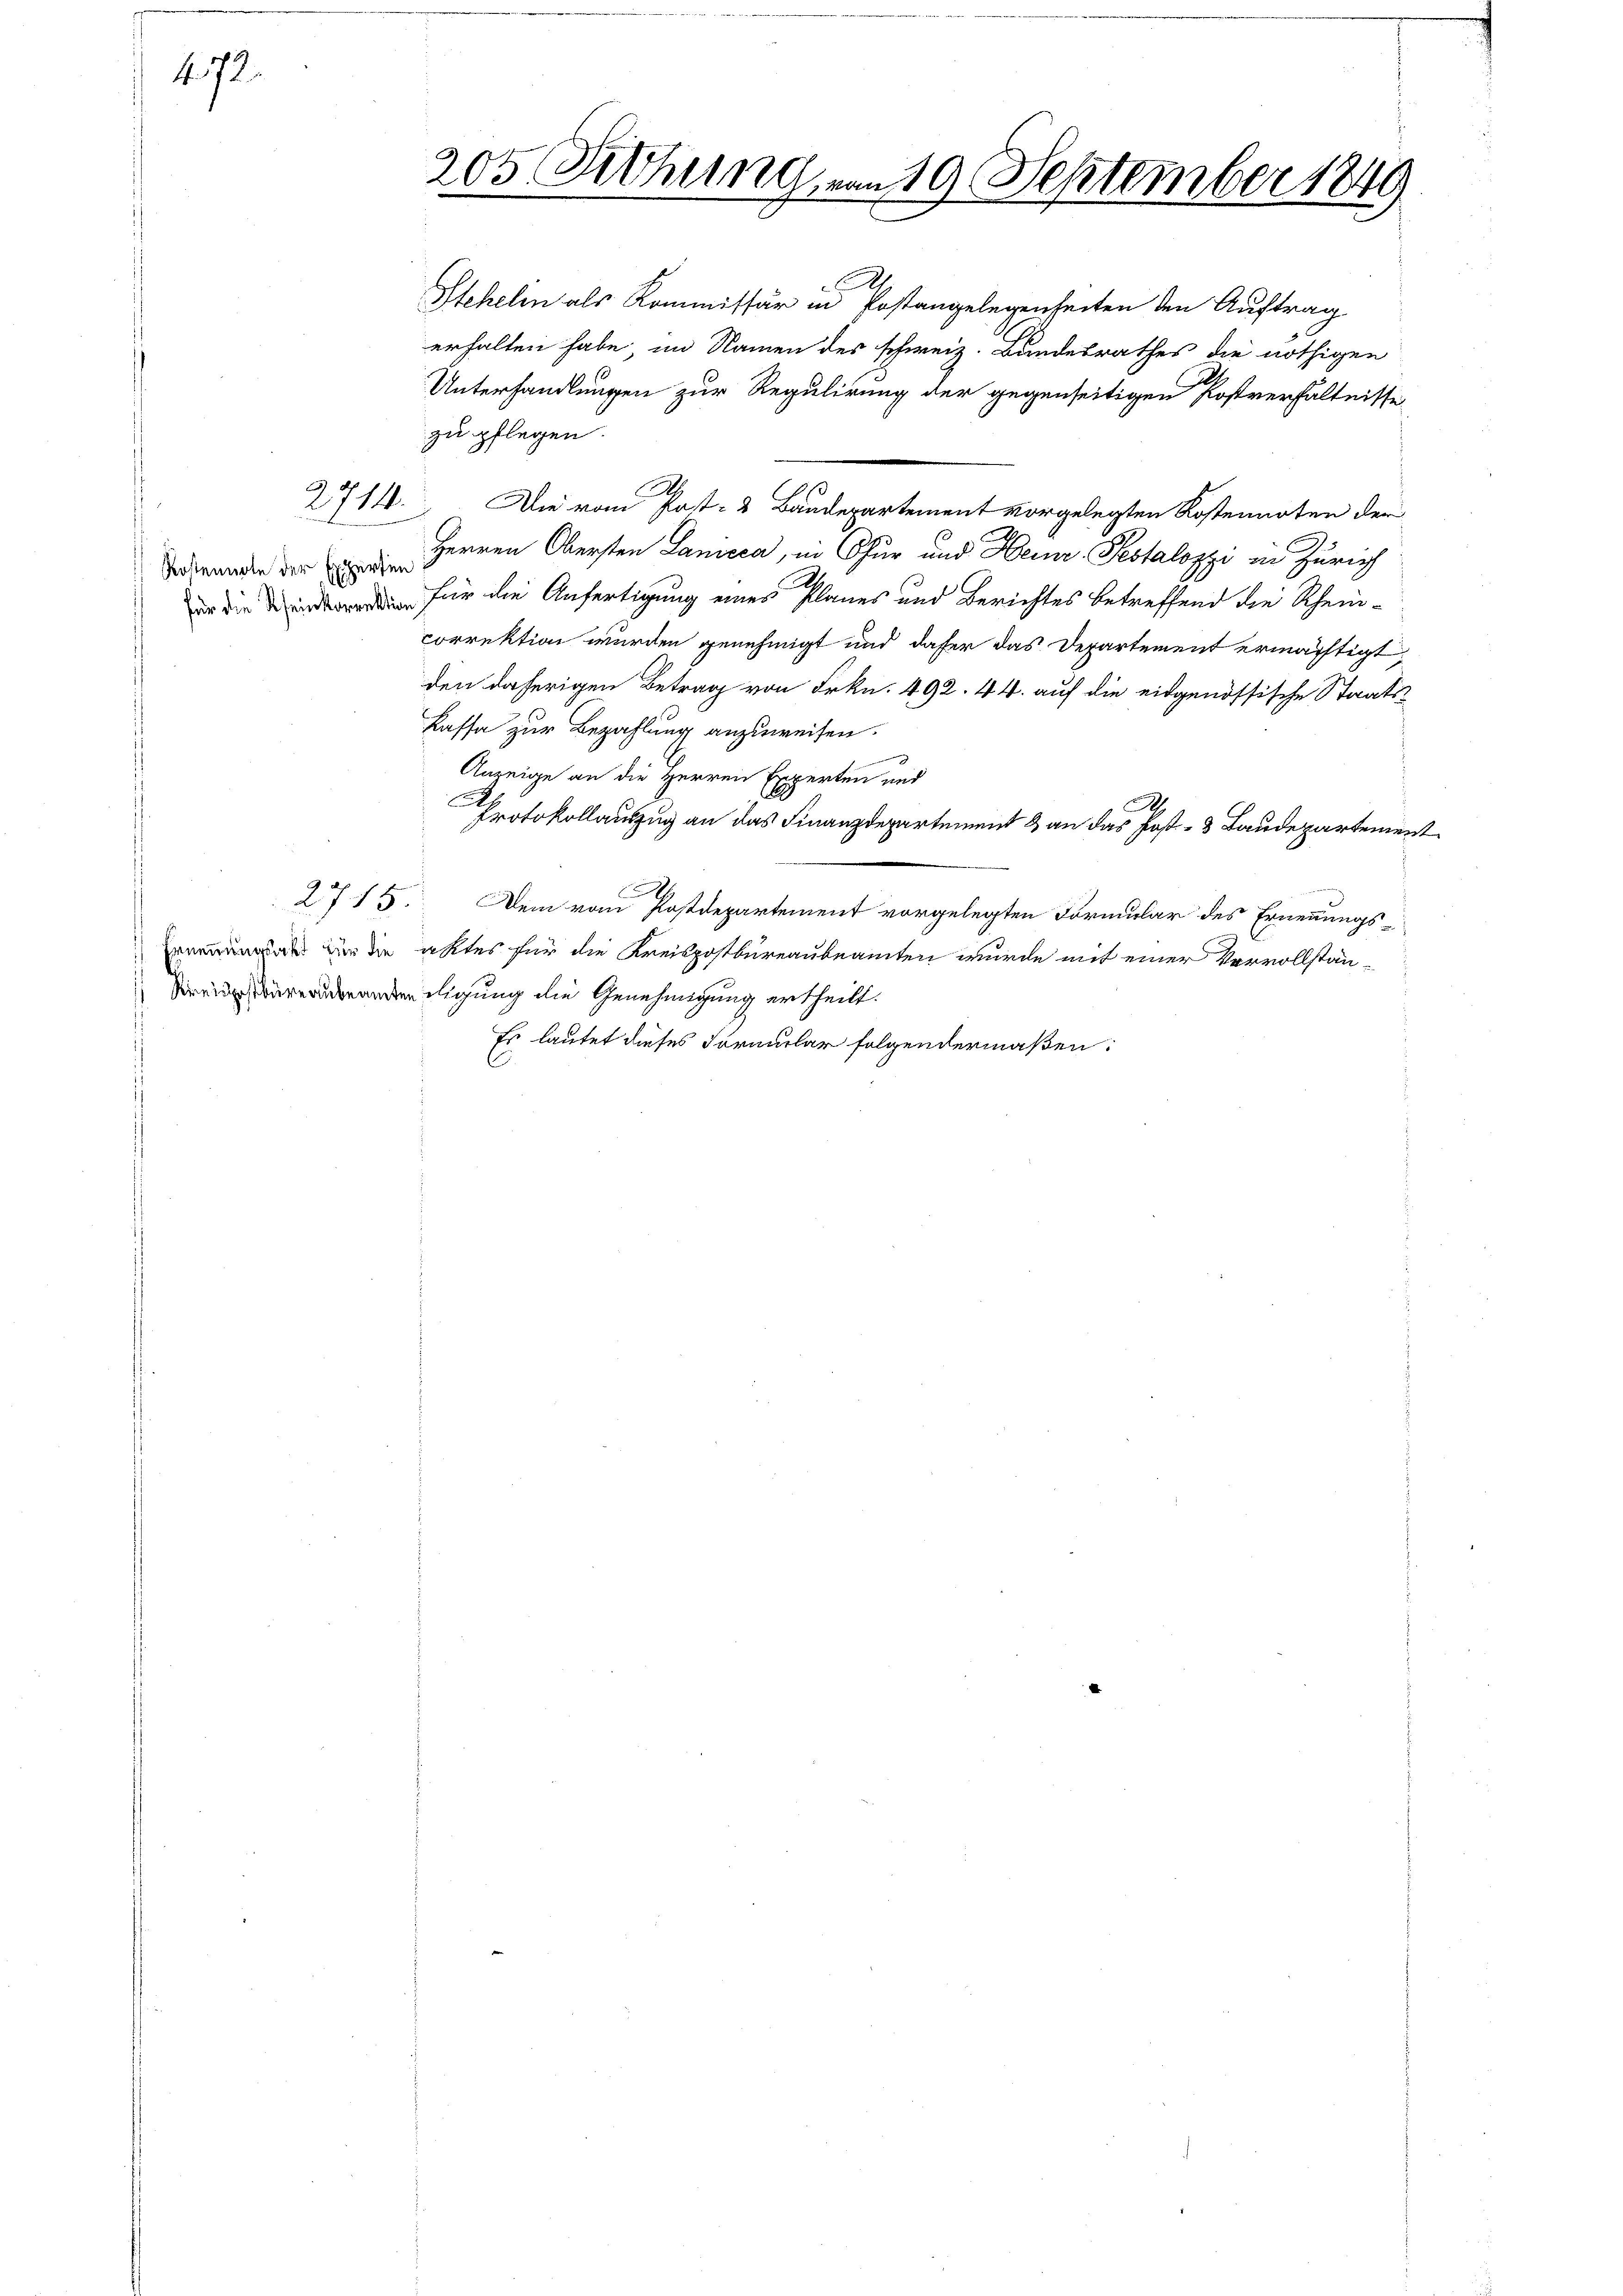
472.

Kostennale der Experten

.
Stehelin als Kommissär in Postangelegenheiten den Auftrag
erhalten habe, im Namen des schweiz. Bundesrathes die nöthigen
Unterhandlungen zur Regulirung der gegenseitigen Postverhältnisse
zu pflegen.
A
Die vom Post- & Baudepartement vorgelegten Kostennoten der
Herren Obersten Lanicca, in Chur und Herr Pestalozzi in Zürich
s
für die Anfertigung eines Planes und Berichtes betreffend die Scheincorrektion werden genehmigt und dafür das Departement ermächtigt,
den daherigen Betrag von Frkn. 492. 44. auf die eidgenössische Staats¬
Kaffe zur Bezahlung anzuweisen.
Anzeige an die Herren Experten und
A.
Protokollauszug an das Finanzdepartement & an das Post- & Laudepartement
.
2715.
Dem vom Postdepartement vorgelegten Formular des Ernennungs¬
  die aktes für die Kreispostbureaubeamten wurde mit einer Vervollstänuverandendigung die Genehmigung ertheilt.
Es lautet dieses Formular folgendermaßen:

2714.

205 Rohung von 19 September 1849